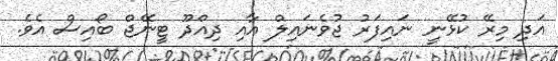
އަދި މިރޭ ކުޅޭނީ ނައިފަރު ޖުވެނައިލް އާއި ދިއްދޫ ޓީނޭޖް ބޯއިސް އެވެ.